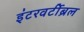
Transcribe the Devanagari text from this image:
इंटरवर्टीब्रल